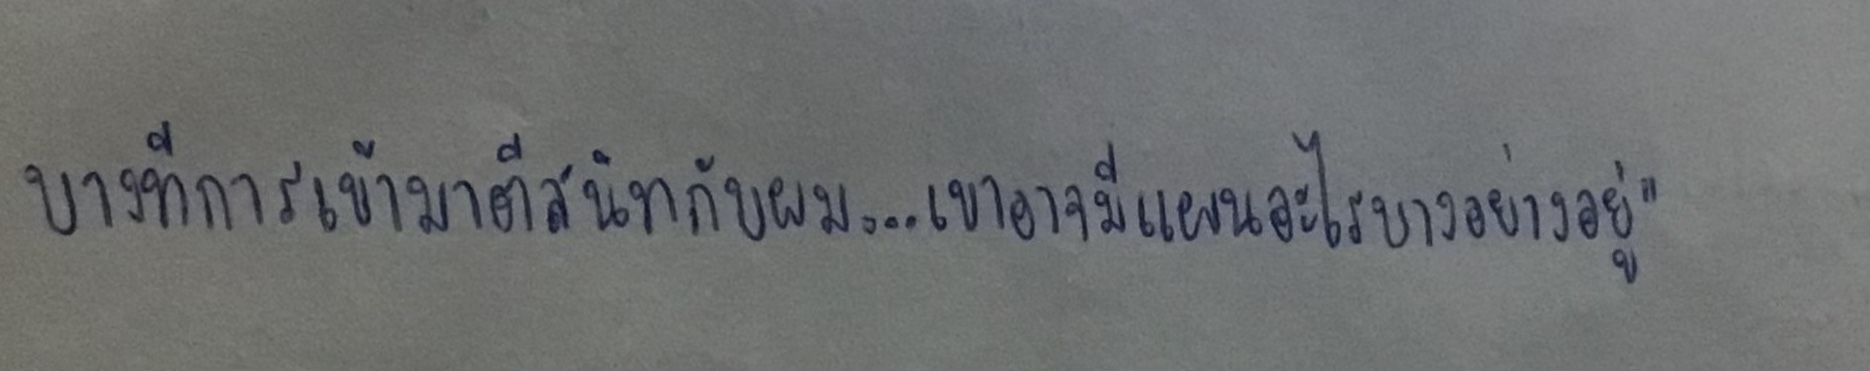
บางทีการเข้ามาตีสนิทกับผม...เขาอาจมีแผนอะไรบางอย่างอยู่"